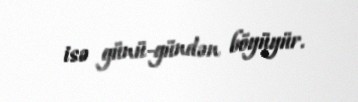
isə günü-gündən böyüyür.